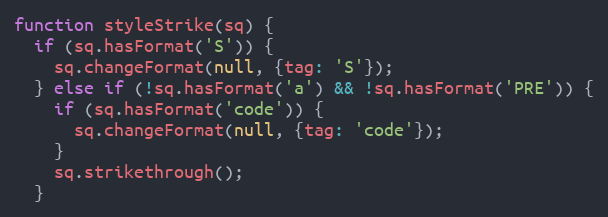
Language: JavaScript
function styleStrike(sq) {
  if (sq.hasFormat('S')) {
    sq.changeFormat(null, {tag: 'S'});
  } else if (!sq.hasFormat('a') && !sq.hasFormat('PRE')) {
    if (sq.hasFormat('code')) {
      sq.changeFormat(null, {tag: 'code'});
    }
    sq.strikethrough();
  }